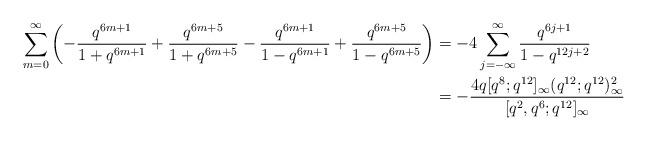
LaTeX: \begin{align*}\sum_{m=0}^\infty\left(-\frac{ q^{6m+1}}{1+q^{6m+1}}+\frac{ q^{6m+5}}{1+q^{6m+5}}-\frac{ q^{6m+1}}{1-q^{6m+1}}+\frac{ q^{6m+5}}{1-q^{6m+5}}\right)& =-4\sum_{j=-\infty}^\infty\frac{ q^{6j+1}}{1-q^{12j+2}} \\& = -\frac{4q [q^8; q^{12}]_{\infty} (q^{12}; q^{12})_{\infty}^2}{[q^2, q^6; q^{12}]_{\infty}}\end{align*}